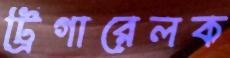
ট্রিগারেলক